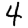
Digit: 4